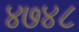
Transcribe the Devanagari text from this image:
४७४८